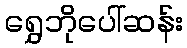
ရွှေဘိုပေါ်ဆန်း